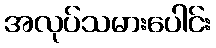
အလုပ်သမားပေါင်း